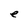
Character: e